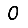
Digit: 0